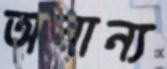
অনান্য